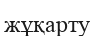
жұқарту